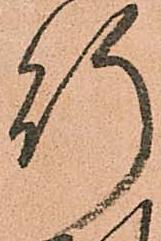
行